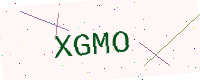
Text: XGMO